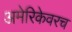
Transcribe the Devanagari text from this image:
अमेरिकेवरच